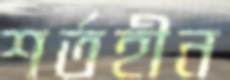
শর্তহীন